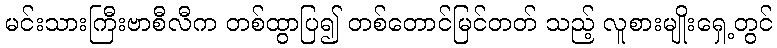
မင်းသားကြီးဗာစီလီက တစ်ထွာပြ၍ တစ်တောင်မြင်တတ် သည့် လူစားမျိုးရှေ့တွင်